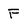
Character: F